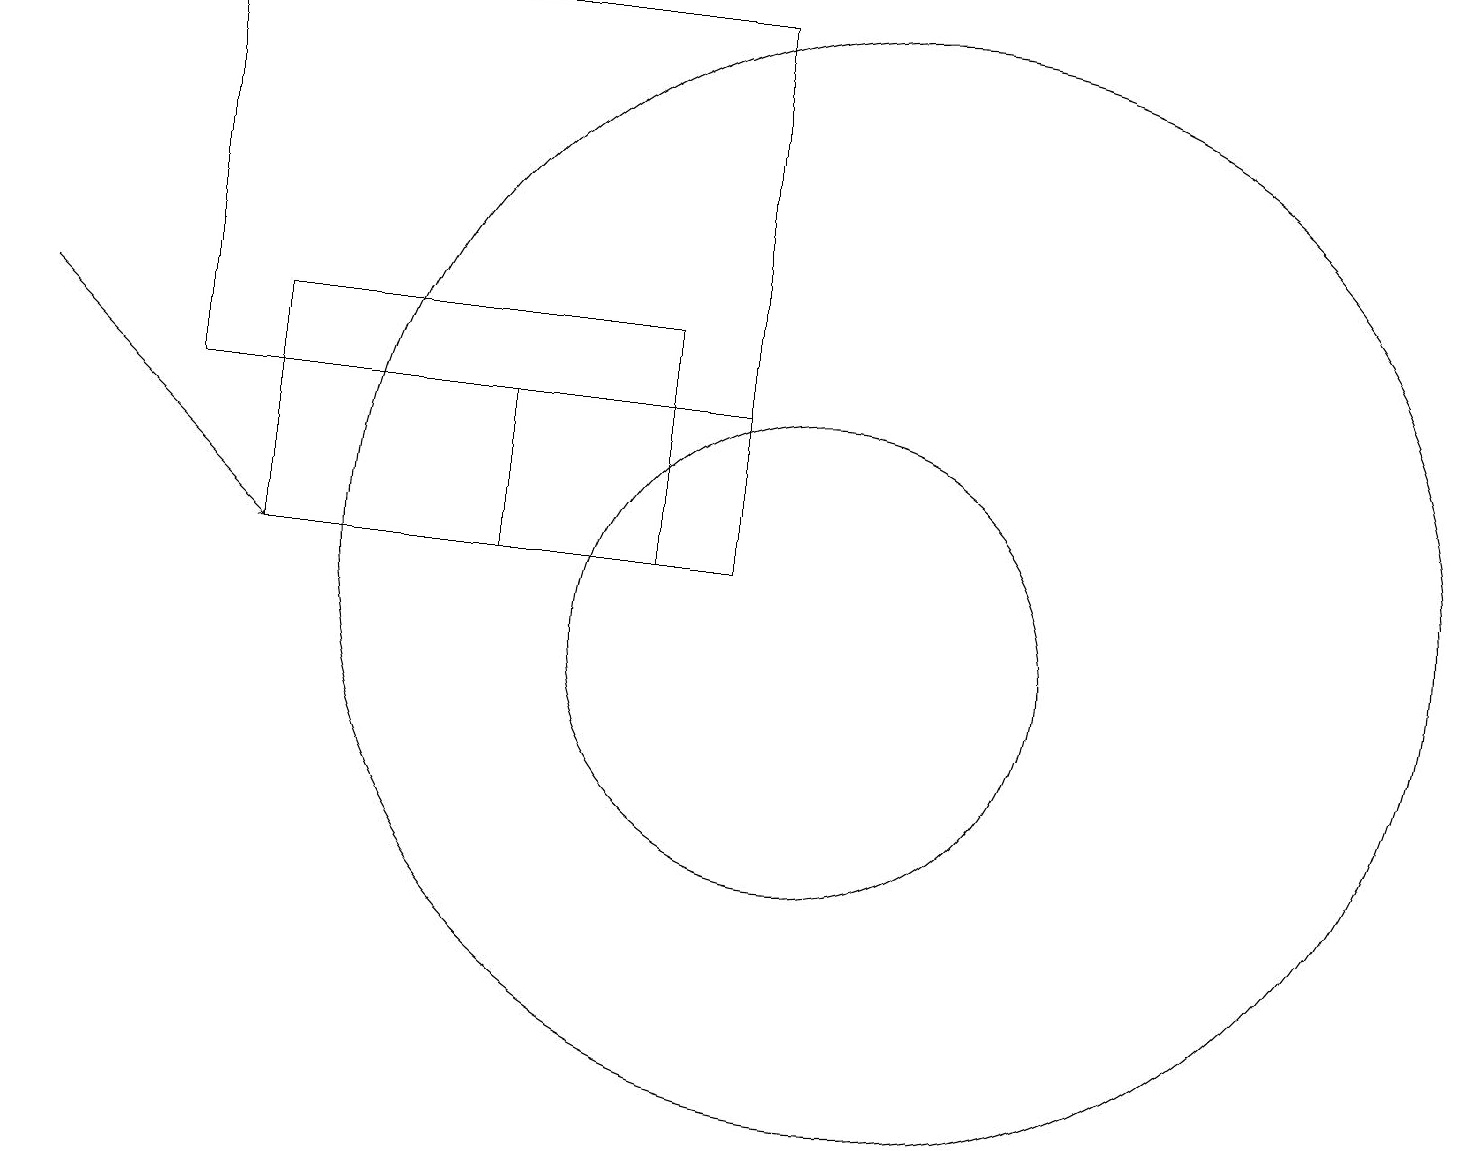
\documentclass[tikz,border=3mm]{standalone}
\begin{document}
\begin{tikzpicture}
\draw (10,11) circle (3);
\draw (2,14) rectangle (9,19);
\draw[->] (0,15) -- (3,12);
\draw (8,15) rectangle (3,12);
\draw (11,12) circle (7);
\draw (6,14) rectangle (9,12);
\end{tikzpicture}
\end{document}